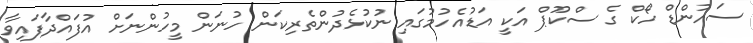
ސައުންޑް ހޯކް ގެ ސްކޫޕް އަކީ އަޑުއެހުމުގައި ނުކުޅެދުންތެރިކަން ހުނަން މީހުންނަށް އުފައްދާފައިވާ